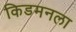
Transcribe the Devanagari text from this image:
किडमनला